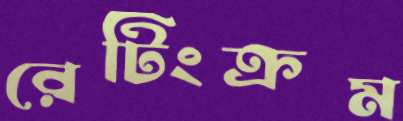
রেটিংক্রম